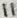
Text: 11